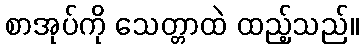
စာအုပ်ကို သေတ္တာထဲ ထည့်သည်။